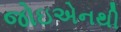
જોઇએનથી